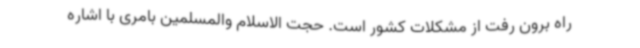
راه برون رفت از مشکلات کشور است. حجت الاسلام والمسلمین بامری با اشاره